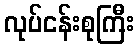
လုပ်ငန်းစုကြီး